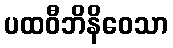
ပထဝီဘိနိဝေသာ